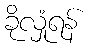
ခိုလှုံရန်